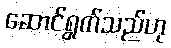
ဆောင်ရွက်သည်ဟု